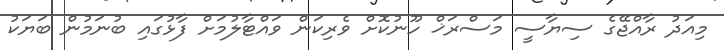
މިއަދު ރާއްޖޭގެ ސިޔާސީ މަސްރަޚް ހޫނުކޮށް ވެރިކަން ވައްޓާލުމަށް ފާޅުގައި ބުނަމުން ބަޔަކު